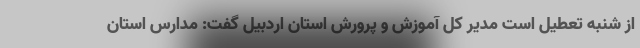
از شنبه تعطیل است مدیر کل آموزش و پرورش استان اردبیل گفت: مدارس استان